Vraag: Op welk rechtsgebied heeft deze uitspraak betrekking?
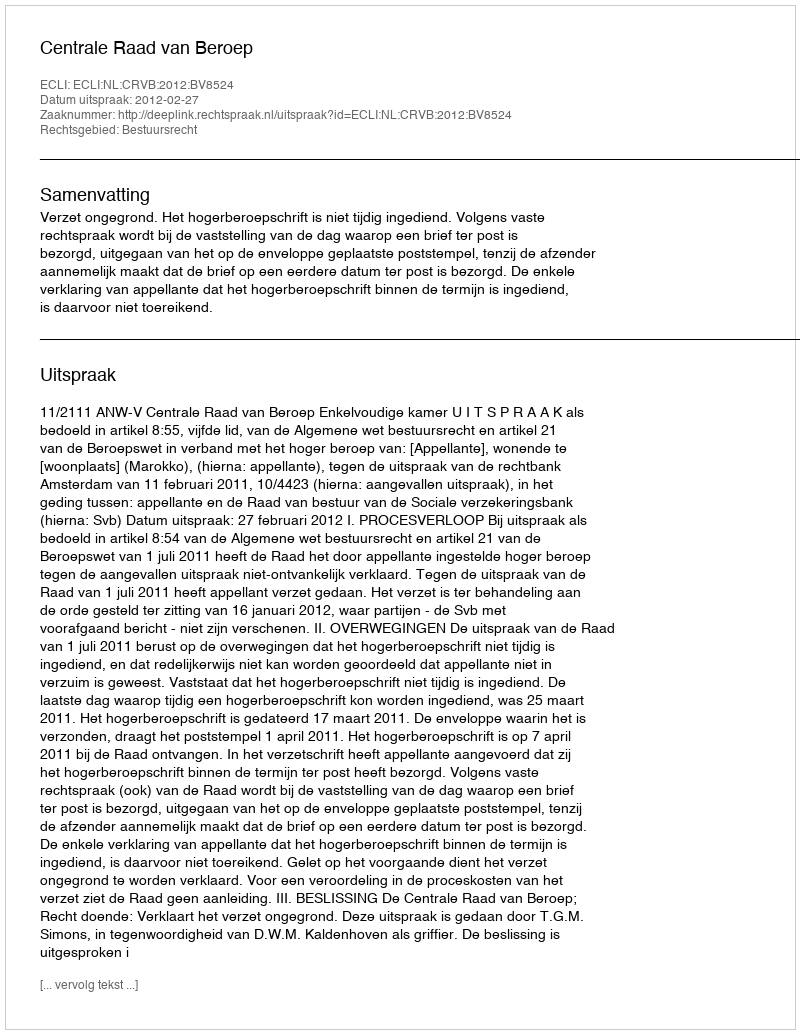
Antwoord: Bestuursrecht